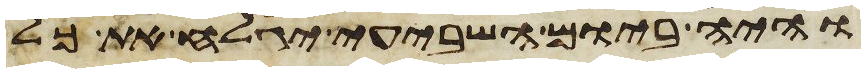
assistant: והיה ביום השביעי יגלח את כל